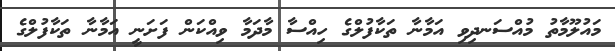
މައުލޫމާތު މުއްސަނދިވި އަމާނާ ތަކާފުލްގެ ހިއްސާ މާދަމާ ވިއްކަން ފަށަނީ އަމާނާ ތަކާފުލްގެ